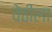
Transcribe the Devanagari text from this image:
वेठीला